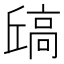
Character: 𫘶